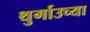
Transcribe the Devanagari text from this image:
थुर्गाउच्या